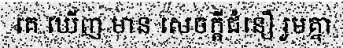
គេ ឃើញ មាន សេចក្តីជំនឿ រួមគ្នា